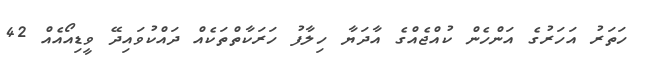
ހަތަރު އަހަރުގެ އަންހެން ކުއްޖެއްގެ އާދަޔާ ހިލާފު ހަރަކާތްތަކެއް ދައްކުވައިދޭ ވީޑިއޯއެއް 42